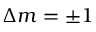
\Delta m = \pm 1